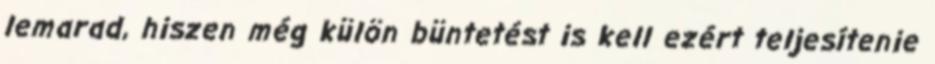
lemarad, hiszen még külön büntetést is kell ezért teljesítenie